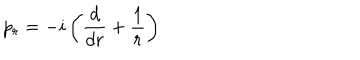
p _ { r } = - i \left( \frac { d } { d r } + \frac { 1 } { r } \right)